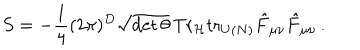
S = - \frac { 1 } { 4 } ( 2 \pi ) ^ { D } \sqrt { \mathrm { d e t } \, \theta } \, \mathrm { T r } _ { \mathcal { H } } \mathrm { t r } _ { U ( N ) } \hat { F } _ { \mu \nu } \hat { F } _ { \mu \nu } \, .